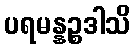
ပရမန္နဉ္စဒါသိ